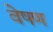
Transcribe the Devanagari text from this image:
वेषण